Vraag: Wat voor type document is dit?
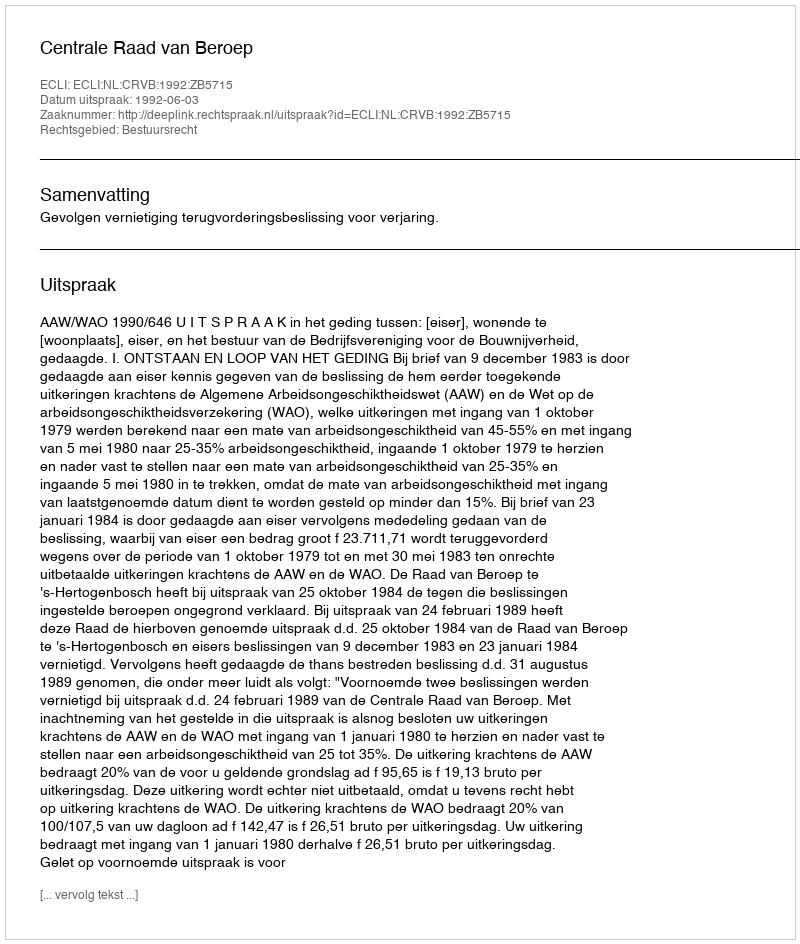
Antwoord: Uitspraak